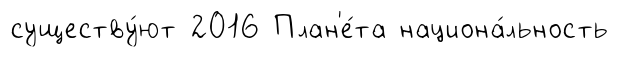
существу́ют 2016 План'е́та национа́льность